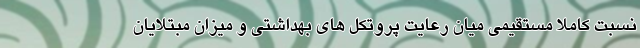
نسبت کاملا مستقیمی میان رعایت پروتکل های بهداشتی و میزان مبتلایان